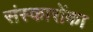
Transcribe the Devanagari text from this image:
संस्कारोंका